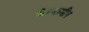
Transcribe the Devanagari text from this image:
बेन्जामीन